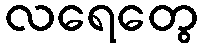
လရေတွေ